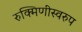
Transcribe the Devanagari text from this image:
रुक्मिणीस्वरुप